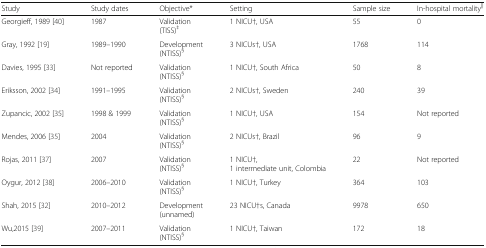
| Study | Study dates | Objective* | Setting | Sample size | In-hospital mortality|| |
 | --- | --- | --- | --- | --- | --- |
 | Georgieff, 1989 [40] | 1987 | Validation(TISS)‡ | 1 NICU†, USA | 55 | 0 |
 | Gray, 1992 [19] | 1989–1990 | Development(NTISS)§ | 3 NICUs†, USA | 1768 | 114 |
 | Davies, 1995 [33] | Not reported | Validation(NTISS)§ | 1 NICU†, South Africa | 50 | 8 |
 | Eriksson, 2002 [34] | 1991–1995 | Validation(NTISS)§ | 2 NICUs†, Sweden | 240 | 39 |
 | Zupancic, 2002 [35] | 1998 & 1999 | Validation(NTISS)§ | 1 NICU†, USA | 154 | Not reported |
 | Mendes, 2006 [35] | 2004 | Validation(NTISS)§ | 2 NICUs†, Brazil | 96 | 9 |
 | Rojas, 2011 [37] | 2007 | Validation(NTISS)§ | 1 NICU†,1 intermediate unit, Colombia | 22 | Not reported |
 | Oygur, 2012 [38] | 2006–2010 | Validation(NTISS)§ | 1 NICU†, Turkey | 364 | 103 |
 | Shah, 2015 [32] | 2010–2012 | Development(unnamed) | 23 NICU†s, Canada | 9978 | 650 |
 | Wu,2015 [39] | 2007–2011 | Validation(NTISS)§ | 1 NICU†, Taiwan | 172 | 18 |